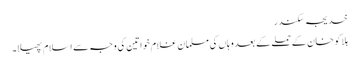
خدیجہ سکندر
ہلاکو خان کے حملے کے بعد وہاں کی مسلمان غلام خواتین کی وجہ سے اسلام پھیلا۔